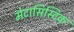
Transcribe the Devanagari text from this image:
मेटासिस्टिक